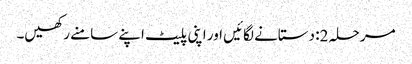
مرحلہ 2: دستانے لگائیں اور اپنی پلیٹ اپنے سامنے رکھیں۔